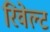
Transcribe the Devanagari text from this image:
रिवेल्ट